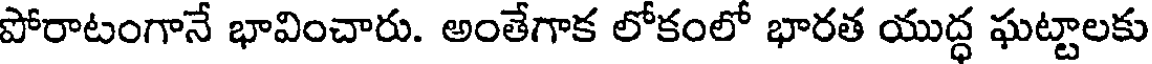
పోరాటంగానే భావించారు. అంతేగాక లోకంలో భారత యుద్ధ ఘట్టాలకు